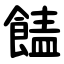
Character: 䭍